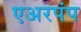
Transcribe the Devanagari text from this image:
एअरपंप